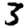
Digit: 3